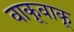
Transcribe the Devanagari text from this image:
वाकूवाकू